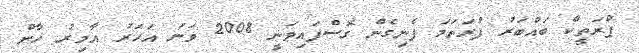
ޕްރަތީކް ބައްބަރު ފުރަތަމަ ފެނިގެން ގޮސްފައިވަނީ 2008 ވަނަ އަހަރު އާމިރު ޚާން